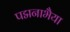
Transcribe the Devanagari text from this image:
पद्मनाभैया